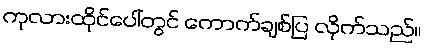
ကုလားထိုင်ပေါ်တွင် ကောက်ချစ်ပြ လိုက်သည်။